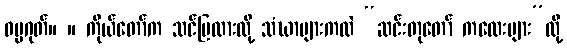
ဓမ္မဂုတ်။ ။ ကိုယ်တော်က သင်ပြထားလို့ သံဃာများကလဲ “ဆင်းတုတော် ကလေးများ”လို့